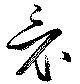
竟